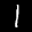
Label: 1